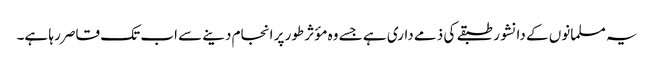
یہ مسلمانوں کے دانشور طبقے کی ذمے داری ہے جسے وہ مؤثر طور پر انجام دینے سے اب تک قاصر رہا ہے۔